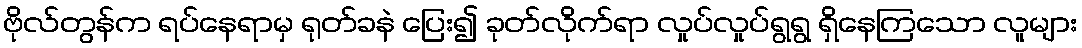
ဗိုလ်တွန်က ရပ်နေရာမှ ရုတ်ခနဲ ပြေး၍ ခုတ်လိုက်ရာ လှုပ်လှုပ်ရွရွ ရှိနေကြသော လူများ